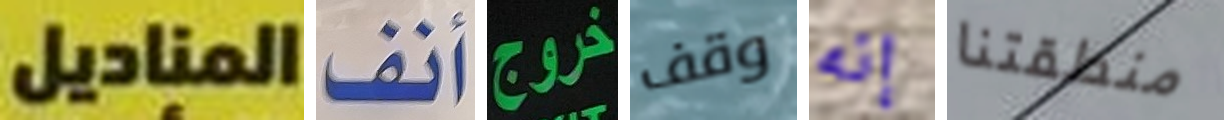
المناديل أنف خروج وقف إنه منطقتنا